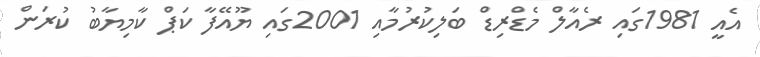
އެއީ 1981ގައި ރެއާލް މެޑްރިޑް ބަލިކުރުމާއި 2001ގައި ޔޫއޭފާ ކަޕް ކާމިޔާބު ކުރަން